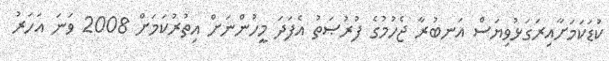
ކުޑަކަމަށާއިރަގަޅުވިޔަސް އަނބުރާ ޖެހުމުގެ ފުުރުޞަތު އެފަދަ މީހުންނަށް އިތުރުކަމަށް 2008 ވަނަ އަހަރު